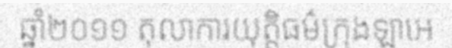
ឆ្នាំ២០១១ តុលាការយុត្តិធម៌ក្រុងឡាអេ